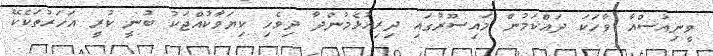
ވީނިއުސްއާ ވާހަކަ ދައްކަމުން މައިސޫރުގައި ދިރިއުޅެމުންދާ ދިވެހި ކިޔަވާކުއްޖަކު ބުނީ ކުރީ އަހަރުތަކެކޭ